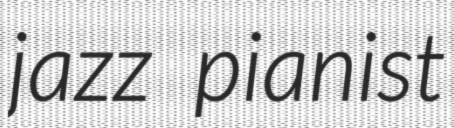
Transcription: jazz pianist